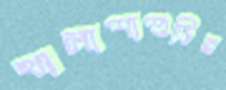
খালাশাশুড়ির